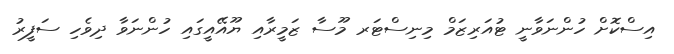
އިސްކޮށް ހުންނަވާނީ ޓުއަރިޒަމް މިނިސްޓަރ މޫސާ ޒަމީރާއި ޔޫއޭއީގައި ހުންނަވާ ދިވެހި ސަފީރު